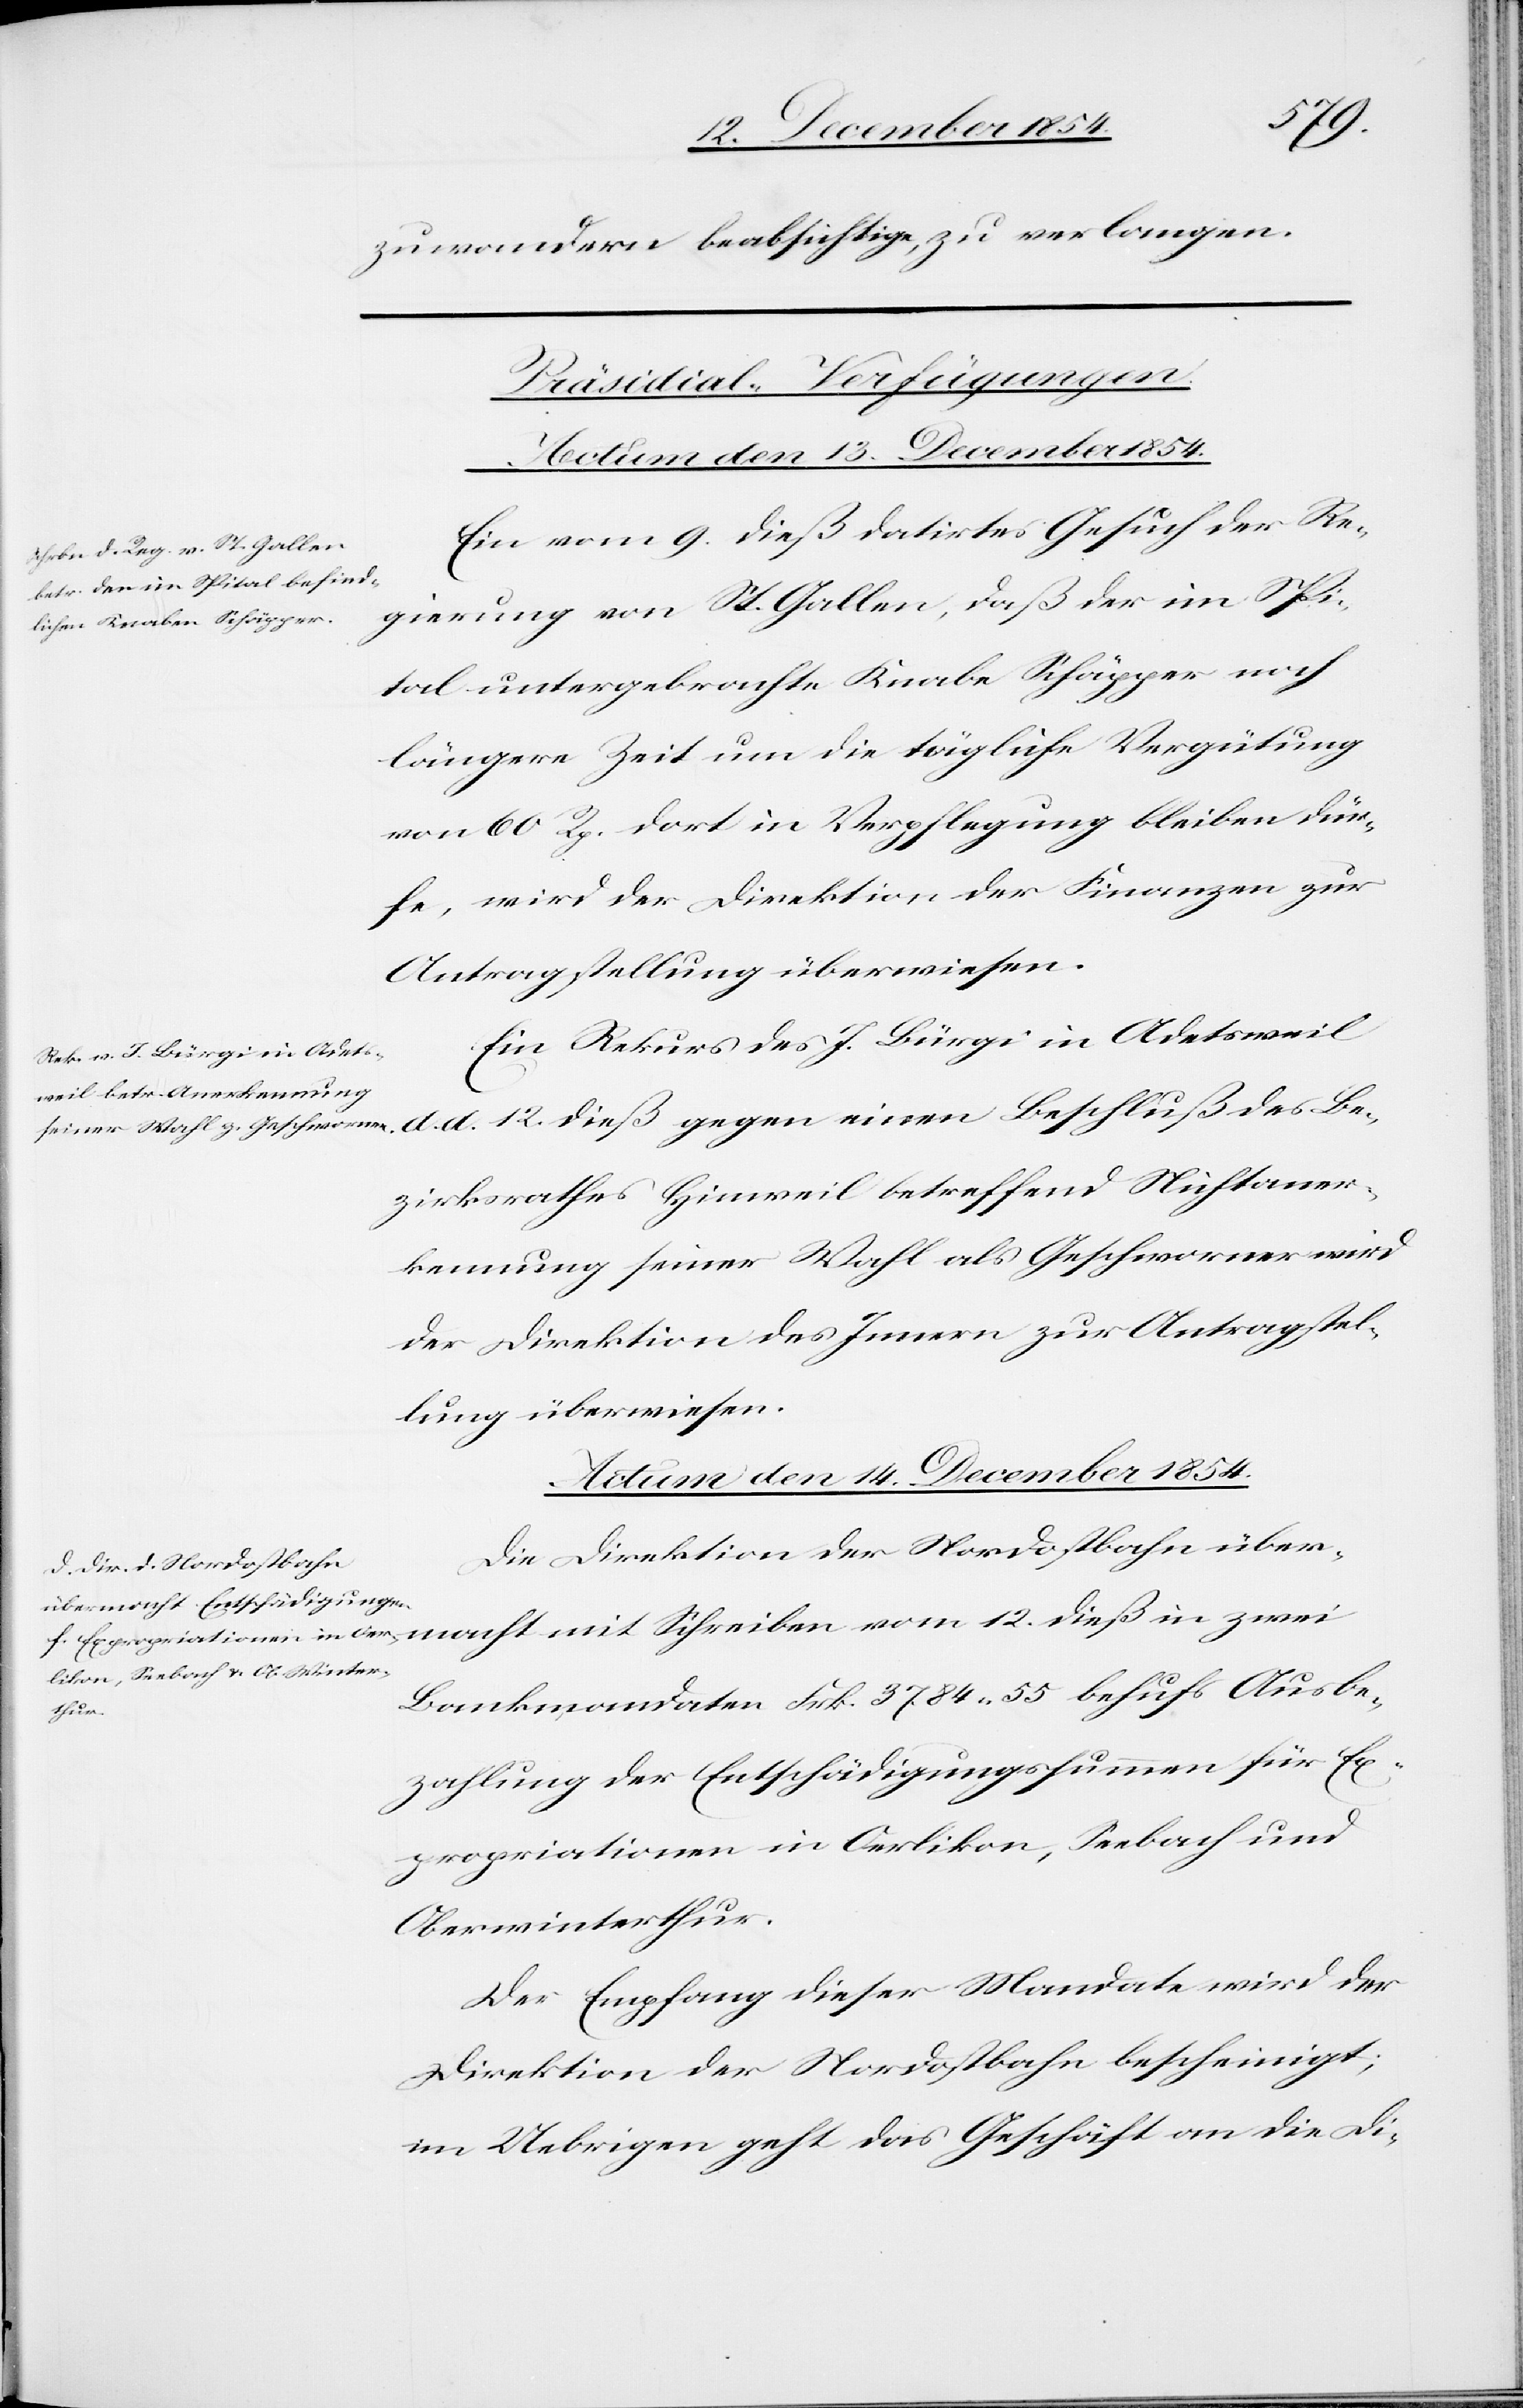
macht
mit Schreiben vom 12.
zuwandern beabsichtige, zu verlangen.
[Präsidial-Verfügungen.]
Actum den 14. December 1854.
Ein vom 9. dieß datirtes Gesuch der Re¬
gierung von St. Gallen, daß der im Spi¬
tal untergebrachte Knabe Schäpper noch
längere Zeit um die tägliche Vergütung
von 60 Rp. dort in Verpflegung bleiben dür¬
fe, wird der Direktion der Finanzen zur
Antragstellung überwiesen.
Ein Rekurs des J. Bürgi in Adetsweil
zirksrathes Hinweil betreffend Nichtaner¬
kennung seiner Wahl als Geschworner wird
der Direktion des Innern zur Antragstel¬
lung überwiesen.
Die Direktion der Nordostbahn über¬
Bankmandaten Frk. 3784. 55 behufs Ausbe¬
zahlung der Entschädigungssummen für Ex¬
propriationen in Oerlikon, Seebach und
Oberwinterthur.
Der Empfang dieser Mandate wird der
Direktion der Nordostbahn bescheinigt;
im Uebrigen geht das Geschäft an die Di-